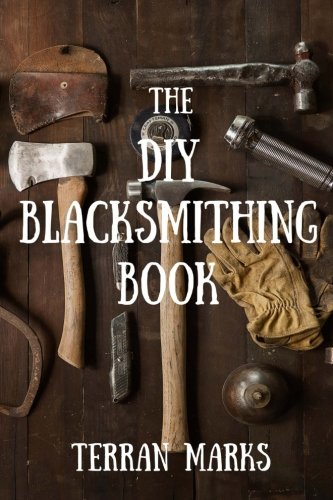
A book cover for The DIY Blacksmithing Book (Blacksmith Books) (Volume 1); Terran Marks; Crafts, Hobbies & Home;